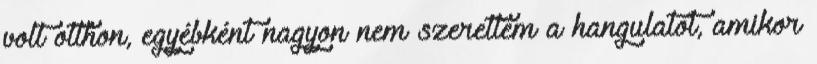
volt otthon, egyébként nagyon nem szerettem a hangulatot, amikor